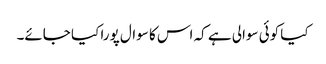
کیا کوئی سوالی ہے کہ اس کا سوال پورا کیا جائے۔